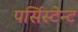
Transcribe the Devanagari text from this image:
पर्सिस्टेन्ट